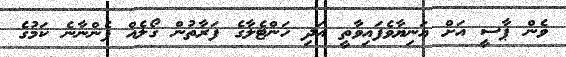
ވެން ޕާސީ އަށް އަނިޔާވެފައިވާތީ އަދި ހަންޓެލާގެ ފަރާތުން ގޯލެއް ފެންނާނެ ކަމުގެ